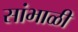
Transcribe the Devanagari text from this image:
सांभाळी